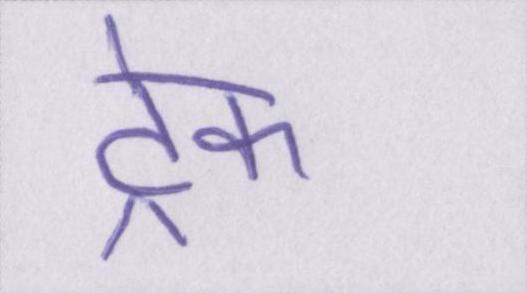
ट्रेक